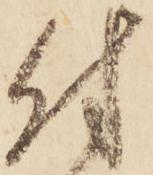
付